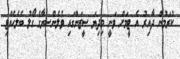
ކުރަމުން ދާއިރު އެ ޓީމަށް ވަނީ މިދިޔަ ސީޒަންގައި ވެލެންސިޔާގެ ގޯލު ބެލެހެއްޓި